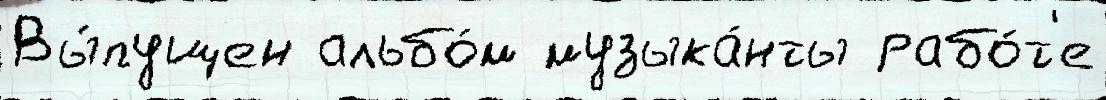
Вы́пущен альбо́м музыка́нты рабо́т'е